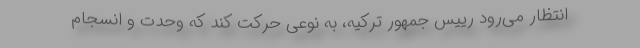
انتظار می‌رود رییس جمهور ترکیه، به نوعی حرکت کند که وحدت و انسجام